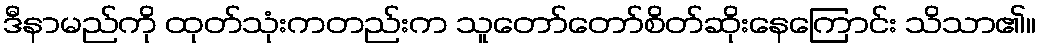
ဒီနာမည်ကို ထုတ်သုံးကတည်းက သူတော်တော်စိတ်ဆိုးနေကြောင်း သိသာ၏။